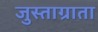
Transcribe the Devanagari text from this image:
जुस्ताग्राता